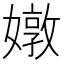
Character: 𡡬